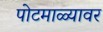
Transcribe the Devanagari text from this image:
पोटमाळ्यावर